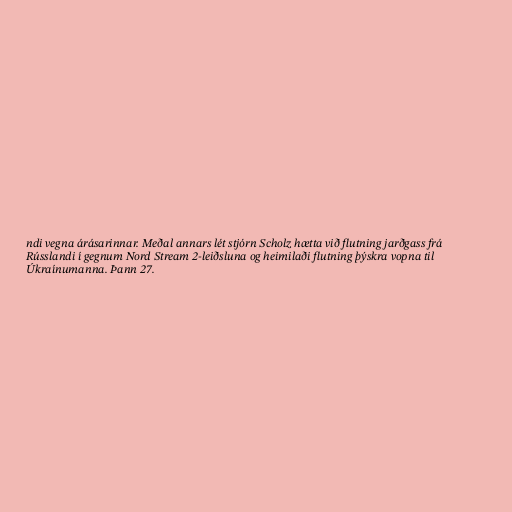
ndi vegna árásarinnar. Meðal annars lét stjórn Scholz hætta við flutning jarðgass frá
Rússlandi í gegnum Nord Stream 2-leiðsluna og heimilaði flutning þýskra vopna til
Úkraínumanna. Þann 27.